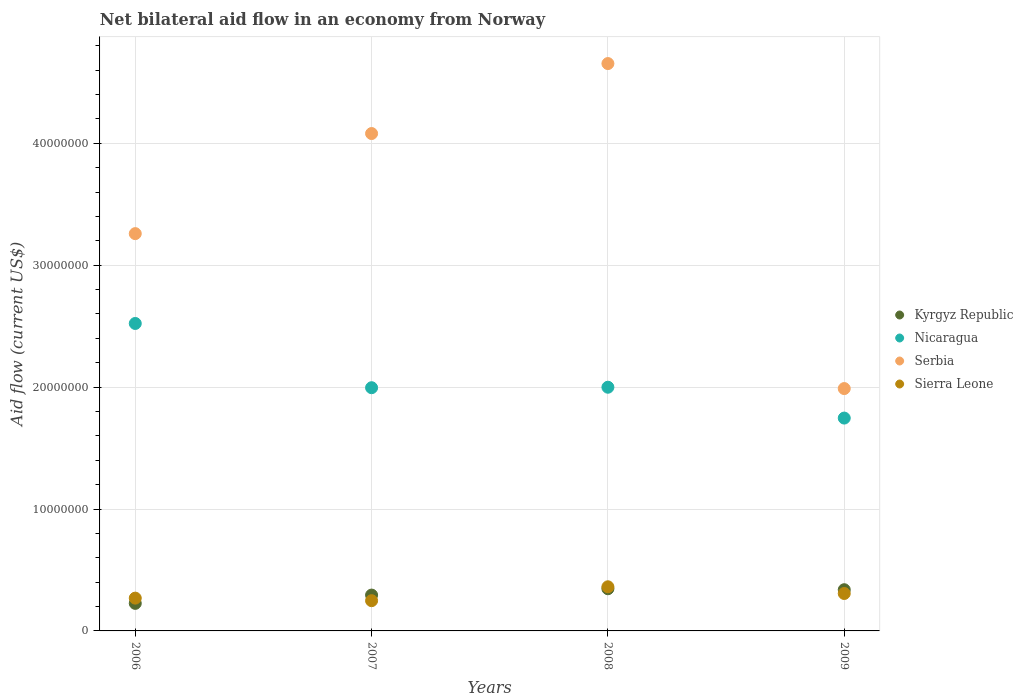
| Years | Kyrgyz Republic | Nicaragua | Serbia | Sierra Leone |
 | --- | --- | --- | --- | --- |
 | 2006 | 2.26e+06 | 2.52e+07 | 3.26e+07 | 2.69e+06 |
 | 2007 | 2.94e+06 | 2e+07 | 4.08e+07 | 2.48e+06 |
 | 2008 | 3.46e+06 | 2e+07 | 4.65e+07 | 3.62e+06 |
 | 2009 | 3.38e+06 | 1.75e+07 | 1.99e+07 | 3.07e+06 |